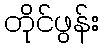
တိုင်ဖွန်း